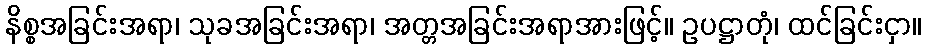
နိစ္စအခြင်းအရာ၊ သုခအခြင်းအရာ၊ အတ္တအခြင်းအရာအားဖြင့်။ ဥပဋ္ဌာတုံ၊ ထင်ခြင်းငှာ။